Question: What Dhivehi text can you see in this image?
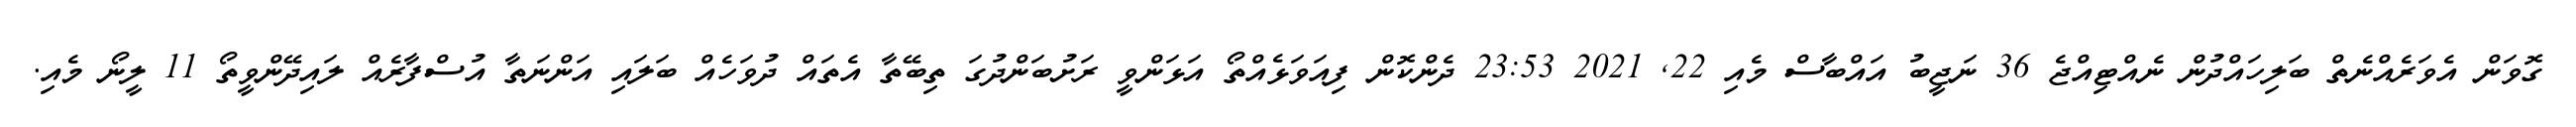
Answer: ގޮވަން އެވަރެއްނެތް ބަލިހައްދުން ނެއްޓިއްޖެ 36 ނަޖީބު އައްބާސް މެއި 22, 2021 23:53 ދެންކޮން ފިއަވަޅެއްތޯ އަޅަންވީ ރަށުބަންދުގަ ތިބޭތާ އެތައް ދުވަހެއް ބަލައި އަންނަތާ އުސްފާރެއް ލައިދޭންވީތޯ 11 ލީނޯ މެއި.